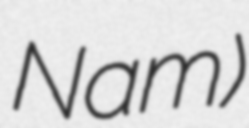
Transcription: Nam)